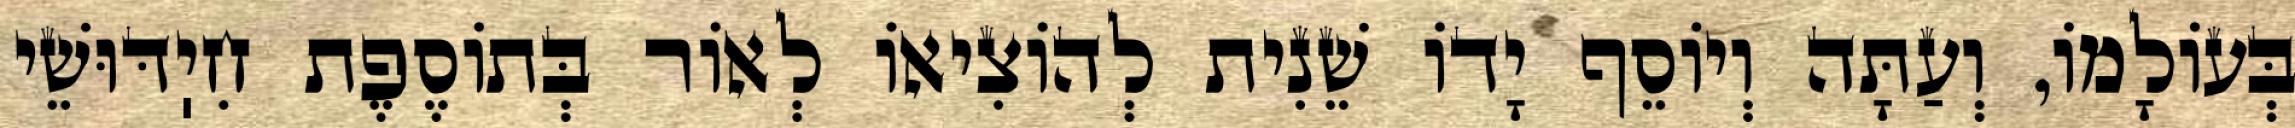
בְּעוֹלָמוֹ, וְעַתָּה וְיוֹסֵף יָדוֹ שֵׁנִית לְהוֹצִיאוֹ לְאוֹר בְּתוֹסֶפֶת חִיֽדּוּשֵׁי